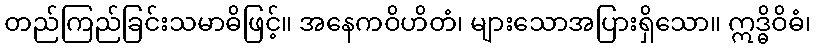
တည်ကြည်ခြင်းသမာဓိဖြင့်။ အနေကဝိဟိတံ၊ များသောအပြားရှိသော။ ဣဒ္ဓိဝိဓံ၊